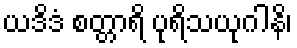
ယဒိဒံ စတ္တာရိ ပုရိသယုဂါနိ၊